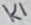
Text: K1